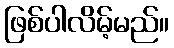
ဖြစ်ပါလိမ့်မည်။